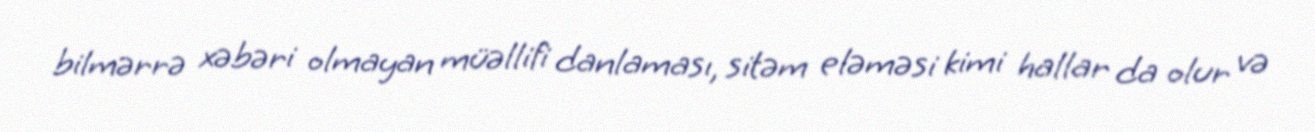
bilmərrə xəbəri olmayan müəllifi danlaması, sitəm eləməsi kimi hallar da olur və